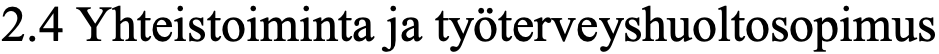
2.4 Yhteistoiminta ja työterveyshuoltosopimus